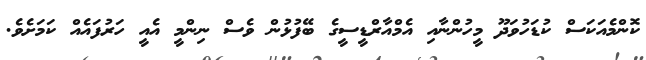
ކޮންމެއަކަސް ކުޑަހުވަދޫ މީހުންނާއި އެމްއާރްޑީސީގެ ބޭފުޅުން ވެސް ނިންމީ އެއީ ހަރުފައެއް ކަމަށެވެ.